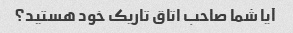
آیا شما صاحب اتاق تاریک خود هستید؟